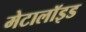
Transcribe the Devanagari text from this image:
मेटालॉइड